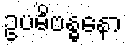
ဥပဓိဗန္ဓနော